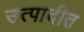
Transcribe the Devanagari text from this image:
उत्पादीत